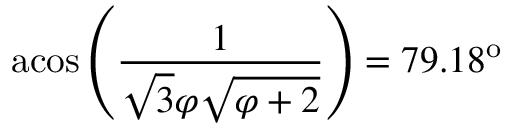
\mathrm { a c o s } \left( \frac { 1 } { \sqrt { 3 } \varphi \sqrt { \varphi + 2 } } \right) = 7 9 . 1 8 ^ { \mathrm { o } }